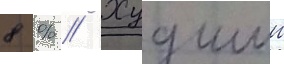
8 % // Худшии